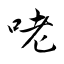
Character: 咾